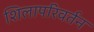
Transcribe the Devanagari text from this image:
शिलापरिवर्तन